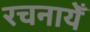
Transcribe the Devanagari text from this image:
रचनायेँ